Civil Veterinary Department. Madras. Admin. report 1910-25 - 1910-1925
Year: 1910
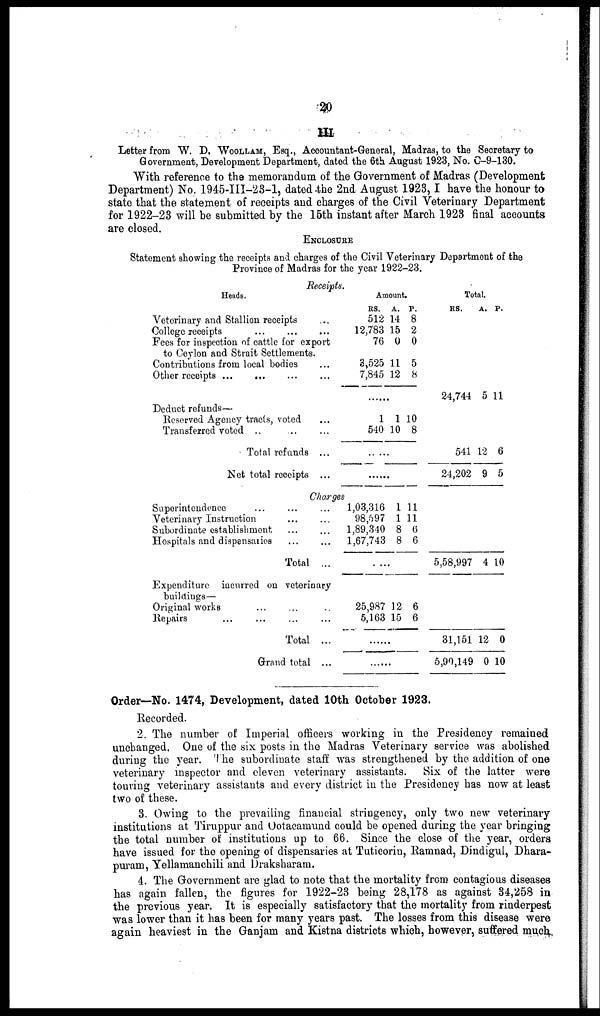
20
III
Letter from W. D. WOOLLAM, Esq., Accountant-General, Madras, to the Secretary to
Government, Development Department, dated the 6th August 1923, No. C-9-130.
With reference to the memorandum of the Government of Madras (Development
Department) No. 1945-III-23-1, dated the 2nd August 1923, I have the honour to
state that the statement of receipts and charges of the Civil Veterinary Department
for 1922-23 will be submitted by the 15th instant after March 1923 final accounts
are closed.
ENCLOSURE
Statement showing the receipts and charges of the Civil Veterinary Department of the
Province of Madras for the year 1922-23.
Receipts.
Heads.
Veterinary and Stallion receipts
College receipts
...
...
...
Fees for inspection of cattle for export
to Ceylon and Strait Settlements.
Contributions from local bodies ...
Other receipts ... ... ... ... ...
Deduct refunds—
Reserved Agency tracts, voted ...
Transferred voted
... ... ...
Total refunds ...
Net total receipts ...
Charges
Superintendence ... ... ...
Veterinary Instruction ... ...
Subordinate establishment ... ...
Hospitals and dispensaries
...
...
Total ...
Expenditure incurred on veterinary
buildiugs—
Original works ... ... ... ...
Repairs ... ... ... ...
Total ...
Grand total ...
Amount.
RS.
512
12,783
76
3,525
7,845
1
540
1,03,316
98,597
1,89,340
1,67,743
...
25,987
5,163
A.
14
15
0
11
12
1
10
1
1
8
8
12
15
P.
8
2
0
5
8
10
8
11
11
6
6
6
6
Total.
RS.
24,744
541
24,202
5,58,997
31,151
5,90,149
A.
5
12
9
4
12
0
P.
11
6
5
10
0
10
Order—No. 1474, Development, dated 10th October 1923.
Recorded.
2. The number of Imperial officers working in the Presidency remained
unchanged. One of the six posts in the Madras Veterinary service was abolished
during the year. The subordinate staff was strengthened by the addition of one
veterinary inspector and eleven veterinary assistants. Six of the latter were
touring veterinary assistants and every district in the Presidency has now at least
two of these.
3. Owing to the prevailing financial stringency, only two new veterinary
institutions at Tiruppur and Ootacamund could be opened during the year bringing
the total number of institutions up to 66. Since the close of the year, orders
have issued for the opening of dispensaries at Tuticorin, Ramnad, Dindigul, Dhara-
puram, Yellamanchili and Draksharam.
4. The Government are glad to note that the mortality from contagious diseases
has again fallen, the figures for 1922-23 being 28,178 as against 34,258 in
the previous year. It is especially satisfactory that the mortality from rinderpest
was lower than it has been for many years past. The losses from this disease were
again heaviest in the Ganjam and Kistna districts which, however, suffered much,